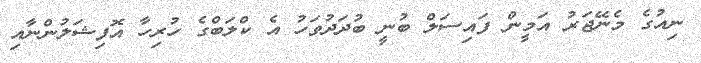
ނިއުގެ މެނޭޖަރު އަމީން ފައިސަލް ބުނީ ބުދަދުވަހު އެ ކްލަބްގެ ހުރިހާ އޮފިޝަލުންނާއި